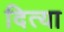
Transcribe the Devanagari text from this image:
दित्या